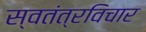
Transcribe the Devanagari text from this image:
स्वतंत्रविचार